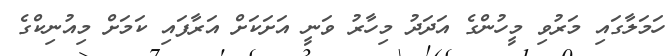
ހަމަލާގައި މަރުވި މީހުންގެ އަދަދު މިހާރު ވަނީ އަށަކަށް އަރާފައި ކަމަށް މިއުނިކްގެ